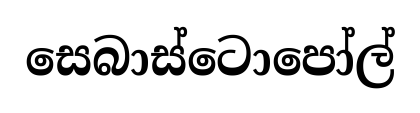
සෙබාස්ටොපෝල්